Indian journal of veterinary science and animal husbandry - Volume 12,
Year: 1942
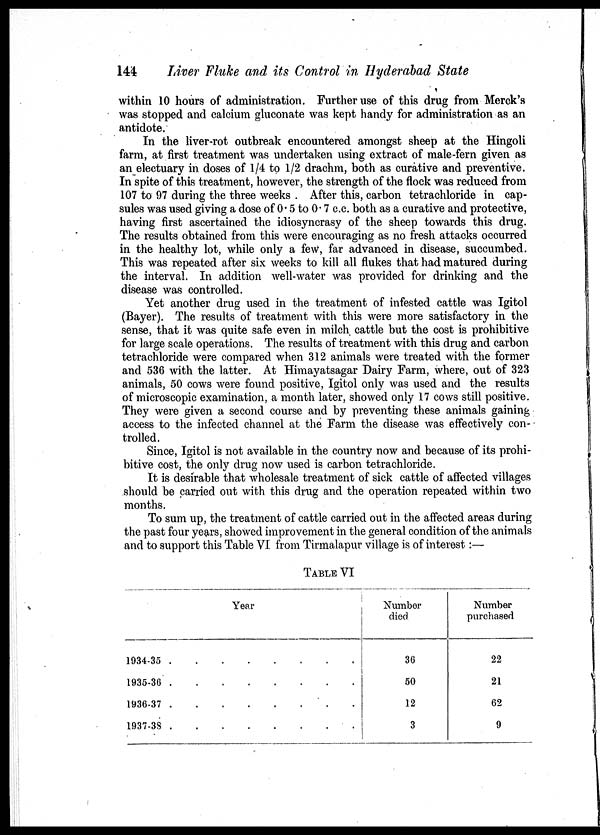
144
Liver Fluke and its Control in Hyderabad State
within 10 hours of administration. Further use of this drug from Merck's
was stopped and calcium gluconate was kept handy for administration as an
antidote.
In the liver-rot outbreak encountered amongst sheep at the Hingoli
farm, at first treatment was undertaken using extract of male-fern given as
an electuary in doses of 1/4 to 1/2 drachm, both as curative and preventive.
In spite of this treatment, however, the strength of the flock was reduced from
107 to 97 during the three weeks . After this, carbon tetrachloride in cap-
sules was used giving a dose of 0.5 to 0.7 c.c. both as a curative and protective,
having first ascertained the idiosyncrasy of the sheep towards this drug.
The results obtained from this were encouraging as no fresh attacks occurred
in the healthy lot, while only a few, far advanced in disease, succumbed.
This was repeated after six weeks to kill all flukes that had matured during
the interval. In addition well-water was provided for drinking and the
disease was controlled.
Yet another drug used in the treatment of infested cattle was Igitol
(Bayer). The results of treatment with this were more satisfactory in the
sense, that it was quite safe even in milch cattle but the cost is prohibitive
for large scale operations. The results of treatment with this drug and carbon
tetrachloride were compared when 312 animals were treated with the former
and 536 with the latter. At Himayatsagar Dairy Farm, where, out of 323
animals, 50 cows were found positive, Igitol only was used and the results
of microscopic examination, a month later, showed only 17 cows still positive.
They were given a second course and by preventing these animals gaining
access to the infected channel at the Farm the disease was effectively con-
trolled.
Since, Igitol is not available in the country now and because of its prohi-
bitive cost, the only drug now used is carbon tetrachloride.
It is desirable that wholesale treatment of sick cattle of affected villages
should be carried out with this drug and the operation repeated within two
months.
To sum up, the treatment of cattle carried out in the affected areas during
the past four years, showed improvement in the general condition of the animals
and to support this Table VI from Tirmalapur village is of interest:—
TABLE VI
Year
1934-35 . . . . . . . .
1935-36 . . . . . . . .
1936-37 . . . . . . . .
1937-38 . . . . . . . .
Number
died
36
50
12
3
Number
purchased
22
21
62
9